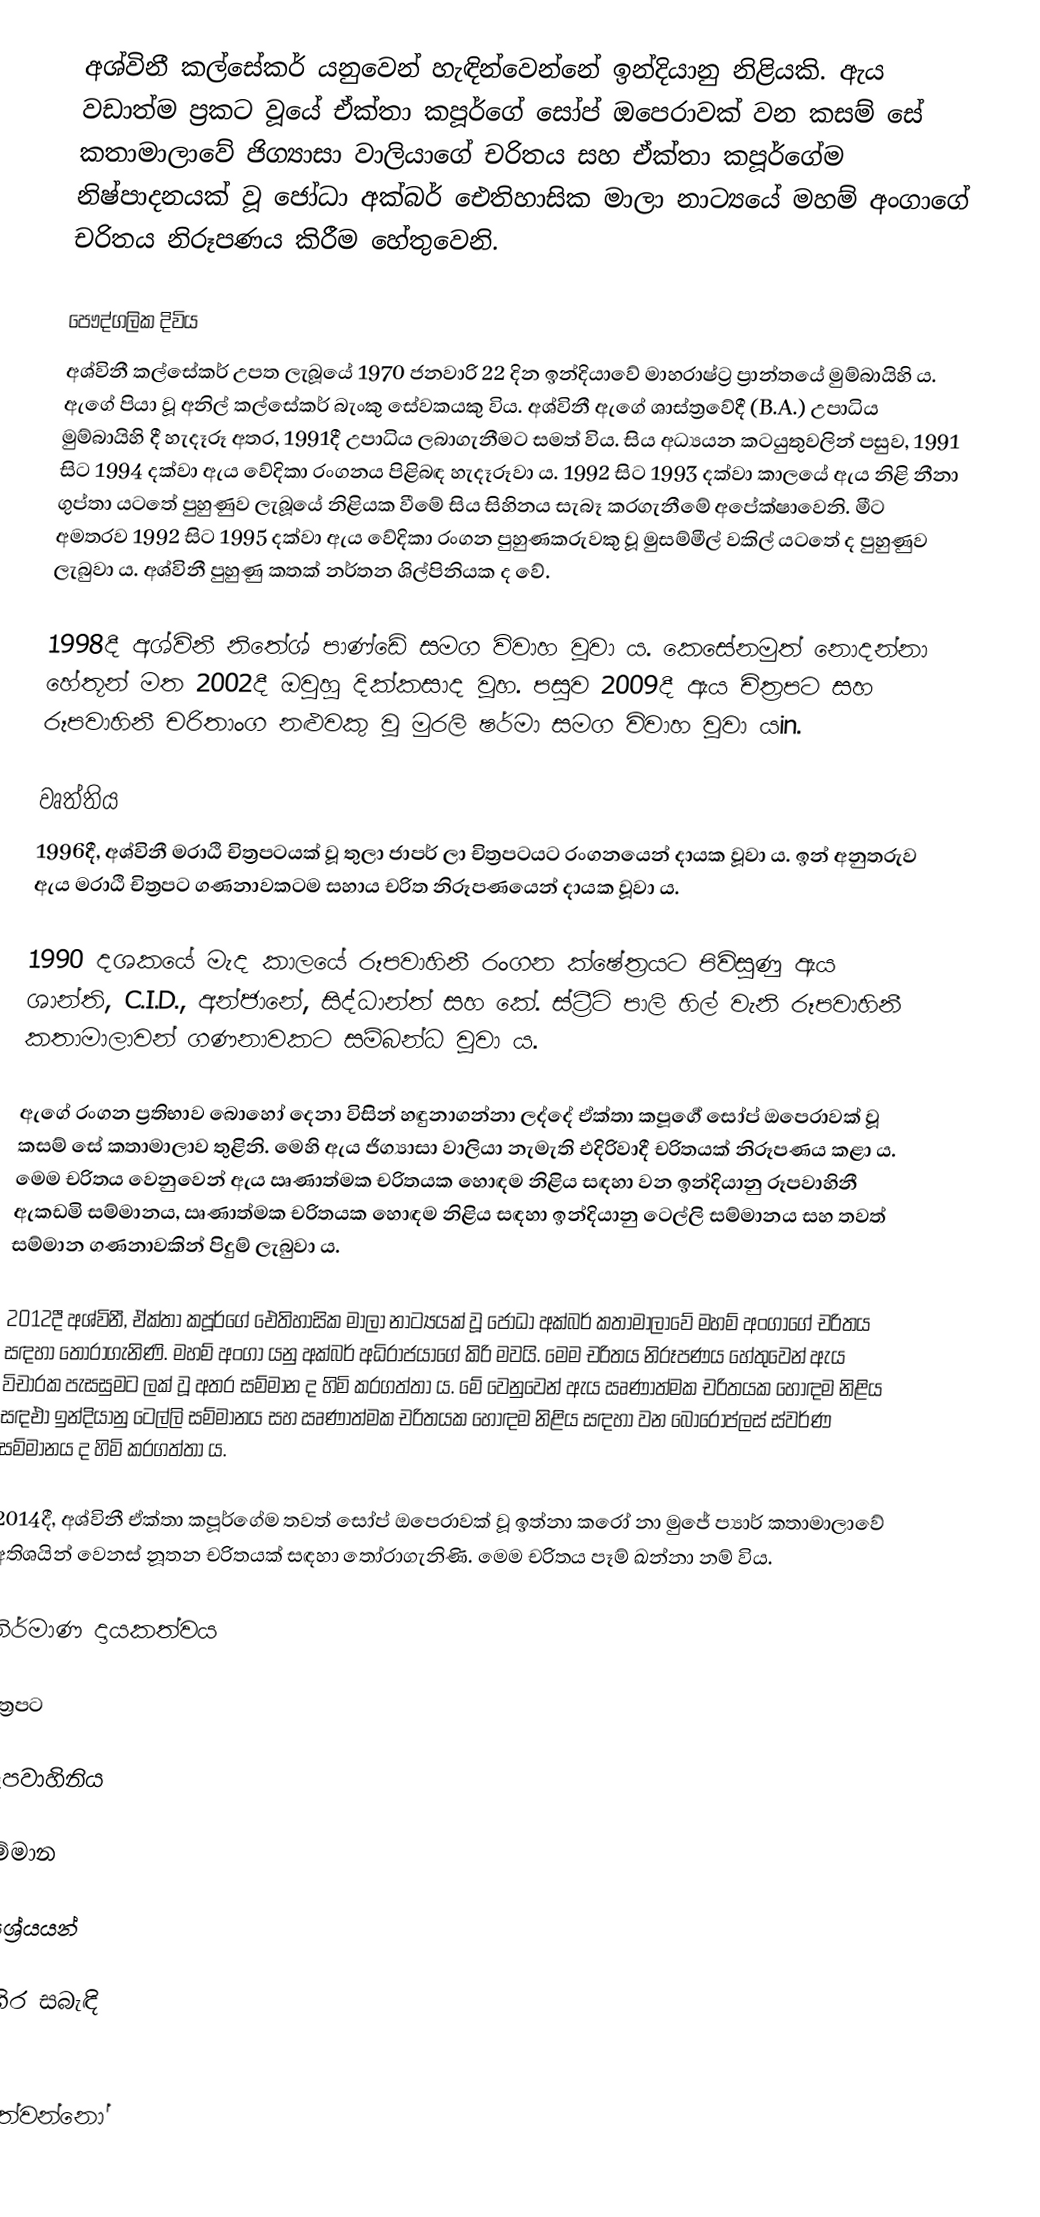
අශ්විනී කල්සේකර් යනුවෙන් හැඳින්වෙන්නේ ඉන්දියානු නිළියකි. ඇය වඩාත්ම ප්‍රකට වූයේ ඒක්තා කපූර්ගේ සෝප් ඔපෙරාවක් වන කසම් සේ කතාමාලාවේ ජිග්‍යාසා වාලියාගේ චරිතය සහ ඒක්තා කපූර්ගේම නිෂ්පාදනයක් වූ ජෝධා අක්බර් ඓතිහාසික මාලා නාට්‍යයේ මහම් අංගාගේ චරිතය නිරූපණය කිරීම හේතුවෙනි.

පෞද්ගලික දිවිය
අශ්විනී කල්සේකර් උපත ලැබූයේ 1970 ජනවාරි 22 දින ඉන්දියාවේ මාහරාෂ්ට්‍ර ප්‍රාන්තයේ මුම්බායිහි ය. ඇගේ පියා වූ අනිල් කල්සේකර් බැංකු සේවකයකු විය. අශ්විනී ඇගේ ශාස්ත්‍රවේදී (B.A.) උපාධිය මුම්බායිහි දී හැදෑරූ අතර, 1991දී උපාධිය ලබාගැනීමට සමත් විය. සිය අධ්‍යයන කටයුතුවලින් පසුව, 1991 සිට 1994 දක්වා ඇය වේදිකා රංගනය පිළිබඳ හැදෑරූවා ය. 1992 සිට 1993 දක්වා කාලයේ ඇය නිළි නීනා ගුප්තා යටතේ පුහුණුව ලැබූයේ නිළියක වීමේ සිය සිහිනය සැබෑ කරගැනීමේ අපේක්ෂාවෙනි. මීට අමතරව 1992 සිට 1995 දක්වා ඇය වේදිකා රංගන පුහුණකරුවකු වූ මුසම්මීල් වකිල් යටතේ ද පුහුණුව ලැබුවා ය. අශ්විනී පුහුණු කතක් නර්තන ශිල්පිනියක ද වේ.

1998දී අශ්විනී නිතේශ් පාණ්ඩේ සමග විවාහ වූවා ය. කෙසේනමුත් නොදන්නා හේතූන් මත 2002දී ඔවුහු දික්කසාද වූහ. පසුව 2009දී ඇය චිත්‍රපට සහ රූපවාහිනී චරිතාංග නළුවකු වූ මුරලි ෂර්මා සමග විවාහ වූවා යin.

වෘත්තිය
1996දී, අශ්විනී මරාඨි චිත්‍රපටයක් වූ තුලා ජාපර් ලා චිත්‍රපටයට රංගනයෙන් දායක වූවා ය. ඉන් අනුතරුව ඇය මරාඨි චිත්‍රපට ගණනාවකටම සහාය චරිත නිරූපණයෙන් දායක වූවා ය.

1990 දශකයේ මැද කාලයේ රූපවාහිනී රංගන ක්ෂේත්‍රයට පිවිසුණු ඇය ශාන්ති, C.I.D., අන්ජානේ, සිද්ධාන්ත් සහ කේ. ස්ට්‍රීට් පාලි හිල් වැනි රූපවාහිනී කතාමාලාවන් ගණනාවකට සම්බන්ධ වූවා ය.

ඇගේ රංගන ප්‍රතිභාව බොහෝ දෙනා විසින් හඳුනාගන්නා ලද්දේ ඒක්තා කපූර්‍ගේ සෝප් ඔපෙරාවක් වූ කසම් සේ කතාමාලාව තුළිනි. මෙහි ඇය ජිග්‍යාසා වාලියා නැමැති එදිරිවාදී චරිතයක් නිරූපණය කළා ය. මෙම චරිතය වෙනුවෙන් ඇය ඍණාත්මක චරිතයක හොඳම නිළිය සඳහා වන ඉන්දියානු රූපවාහිනී ඇකඩමි සම්මානය, ඍණාත්මක චරිතයක හොඳම නිළිය සඳහා ඉන්දියානු ටෙල්ලි සම්මානය සහ තවත් සම්මාන ගණනාවකින් පිදුම් ලැබුවා ය.

2012දී අශ්විනී, ඒක්තා කපූර්ගේ ඓතිහාසික මාලා නාට්‍යයක් වූ ජෝධා අක්බර් කතාමාලාවේ මහම් අංගාගේ චරිතය සඳහා තෝරාගැනිණි. මහම් අංගා යනු අක්බර් අධිරාජයාගේ කිරි මවයි. මෙම චරිතය නිරූපණය හේතුවෙන් ඇය විචාරක පැසසුමට ලක් වූ අතර සම්මාන ද හිමි කරගත්තා ය. මේ වෙනුවෙන් ඇය ඍණාත්මක චරිතයක හොඳම නිළිය සඳඑා ඉන්දියානු ටෙල්ලි සම්මානය සහ ඍණාත්මක චරිතයක හොඳම නිළිය සඳහා වන බොරෝප්ලස් ස්වර්ණ සම්මානය ද හිමි කරගත්තා ය.

2014දී, අශ්විනී ඒක්තා කපූර්ගේම තවත් සෝප් ඔපෙරාවක් වූ ඉත්නා කරෝ නා මුජේ ප්‍යාර් කතාමාලාවේ අතිශයින් වෙනස් නූතන චරිතයක් සඳහා තෝරාගැනිණි. මෙම චරිතය පෑම් ඛන්නා නම් විය.

නිර්මාණ දායකත්වය

චිත්‍රපට

රූපවාහිනිය

සම්මාන

ආශ්‍රේයයන්

බාහිර සබැඳි

ජීවත්වන්නෝ